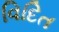
વિદિત